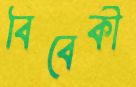
বিবেকী